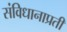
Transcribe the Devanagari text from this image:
संविधानाप्रती